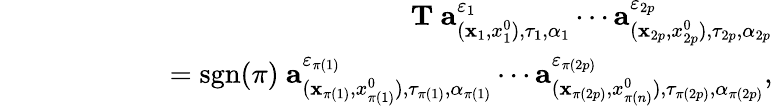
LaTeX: \begin{array}{rlr}&{}&{{\mathbf T}\ {\mathbf a}_{({\mathbf x}_{1},{x_{1}^{0}}),\tau_{1},\alpha_{1}}^{\varepsilon_{1}}\cdots{\mathbf a}_{({\mathbf x}_{2p},{x_{2p}^{0}}),\tau_{2p},\alpha_{2p}}^{\varepsilon_{2p}}}\\ &{}&{\quad\quad\quad\quad=\mathrm{sgn}(\pi)\ {\mathbf a}_{({\mathbf x}_{\pi(1)},{x}_{\pi(1)}^{0}),\tau_{\pi(1)},\alpha_{\pi(1)}}^{\varepsilon_{\pi(1)}}\cdots{\mathbf a}_{({\mathbf x}_{\pi({2p})},{x}_{\pi(n)}^{0}),\tau_{\pi({2p})},\alpha_{\pi({2p})}}^{\varepsilon_{\pi({2p})}},}\end{array}